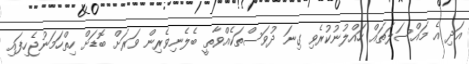
އަދި އެ މައްސަލަތައް ހައްލުނުކުރެވި ގިނަ ދުވަސްތަކެއްވާތީ ބެލެނިވެރިން ވަރަށް ބޮޑަށް ހިތްހަމަނުޖެހިފައި